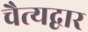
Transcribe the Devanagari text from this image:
चैत्यद्वार